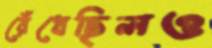
রেঁধেছিলও